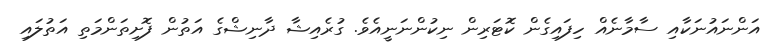
އަންނައުނަކާއި ސާމާނެއް ހިފައިގެން ކޮޓަރިން ނިކުންނަނީއެވެ. ގުރެއިޝާ ދާނިޝްގެ އަތުން ފޮށިތަންމަތި އަތުލައި